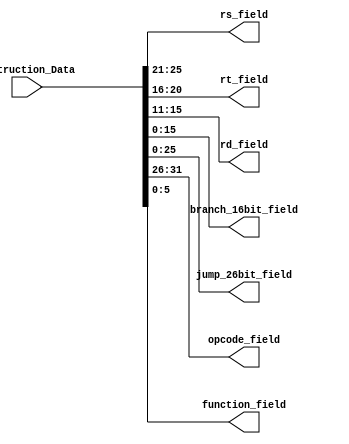
module Instruction_decoding #(parameter MEM_WIDTH = 32)
(
	input wire [MEM_WIDTH-1:0] Instruction_Data,
	output wire [4:0] 			rs_field,
	output wire [4:0] 			rt_field,
	output wire [4:0] 			rd_field,
	output wire [15:0] 			branch_16bit_field,
	output wire [25:0]          jump_26bit_field,
	output wire [5:0]			opcode_field,
	output wire [5:0] 			function_field
);
	assign rs_field     	  = Instruction_Data[25:21] ;  // rs field
	assign rt_field     	  = Instruction_Data[20:16] ;  // rt field
	assign rd_field  		  = Instruction_Data[15:11] ;  // rd field
	assign branch_16bit_field = Instruction_Data[15:0]  ;
	assign jump_26bit_field   = Instruction_Data[25:0]  ;
	assign opcode_field		  = Instruction_Data[31:26] ;
	assign function_field 	  = Instruction_Data[5:0]   ;

endmodule